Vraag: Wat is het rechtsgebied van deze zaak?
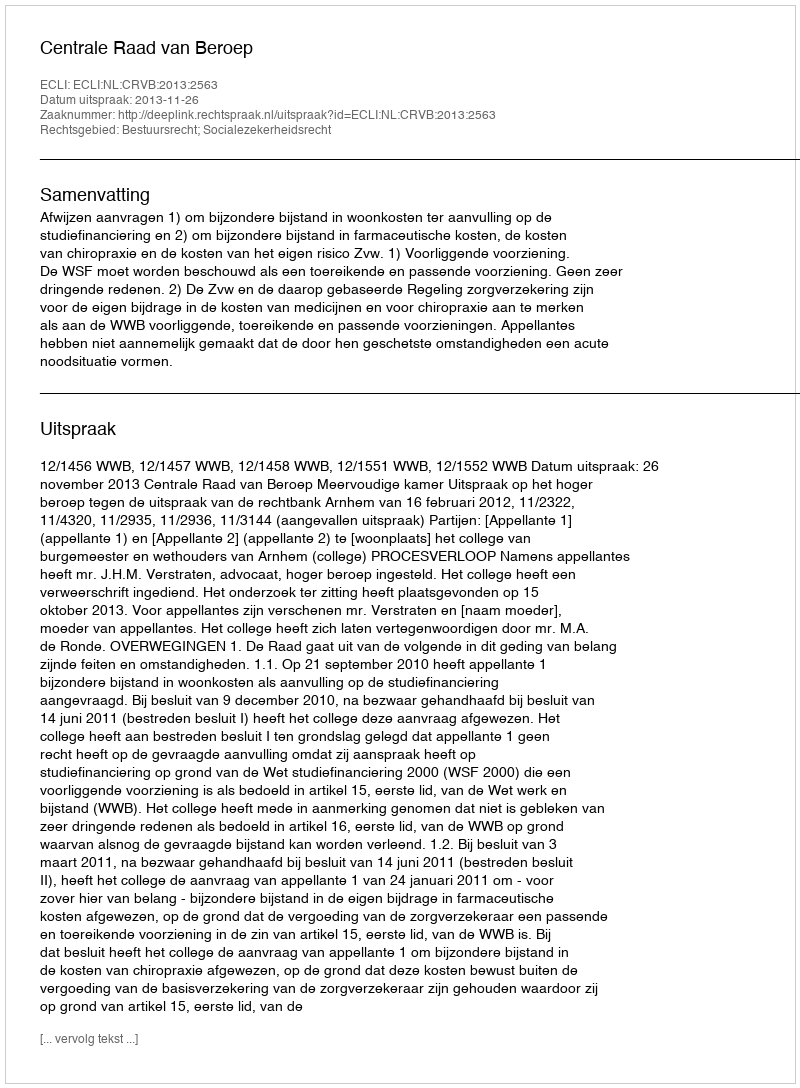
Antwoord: Bestuursrecht; Socialezekerheidsrecht